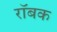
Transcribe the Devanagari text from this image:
रॉबक